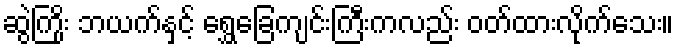
ဆွဲကြိုး ဘယက်နှင့် ရွှေခြေကျင်းကြီးကလည်း ဝတ်ထားလိုက်သေး။